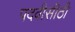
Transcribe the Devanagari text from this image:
पदवीसीठी